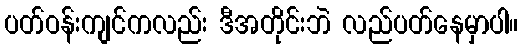
ပတ်ဝန်းကျင်ကလည်း ဒီအတိုင်းဘဲ လည်ပတ်နေမှာပါ။